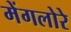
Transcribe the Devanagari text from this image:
मेंगलोरे